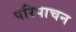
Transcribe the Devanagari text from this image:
परिपाचन